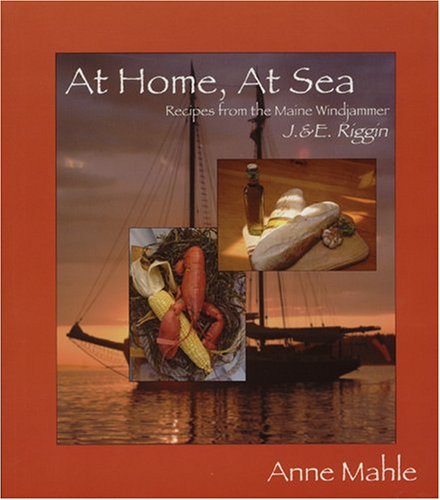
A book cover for At Home, at Sea: Recipes from the Maine Windjammer; Anne Mahle; Cookbooks, Food & Wine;